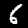
Label: 6